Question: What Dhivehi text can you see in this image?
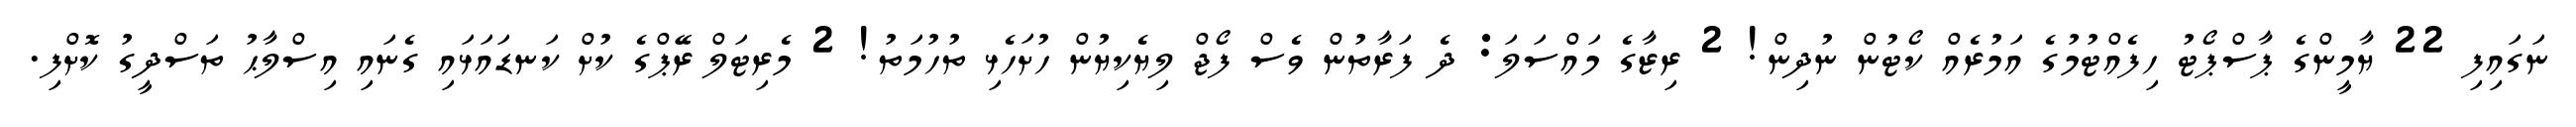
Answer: ނަގައިފި 22 ޔާމީންގެ ޕާސްޕޯޓު ހިފެއްޓުމުގެ އަމުރެއް ކޯޓުން ނުދިން! 2 ރިޒާގެ މައްސަލަ: ދެ ފަރާތުން ވެސް ފޯޖް ލިޔެކިޔުން ހުށަހެޅި ތުހުމަތު! 2 މެރިޓަލް ރޭޕްގެ ކުށް ކަނޑައަޅައި ގެނައި އިސްލާޙު ތަސްދީގު ކޮށްފި.